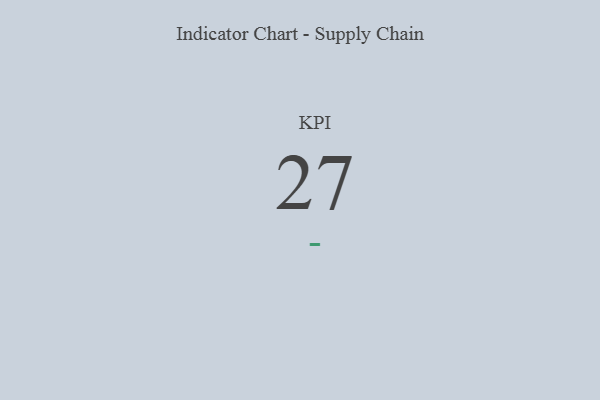
{"axis": {"x": "KPI", "y": "Value"}, "legend": [""], "data": [{"x": "KPI", "y": 27, "type": ""}]}